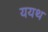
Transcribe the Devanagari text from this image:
ययथ